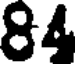
84